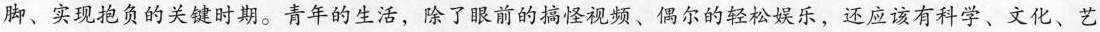
脚、实现抱负的关键时期。青年的生活，除了眼前的搞怪视频、偶尔的轻松娱乐，还应该有科学、文化、艺